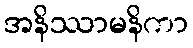
အနိဿာမနိကာ